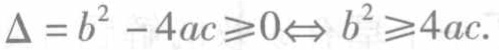
\(\Delta = b^{2} - 4ac\geqslant0\Leftrightarrow b^{2}\geqslant4ac\)